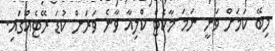
ލިބޭ ކަމަށް ވަނީ ނަމަ މާކެޓް ކްލިއާ ވާނެ ވަރަށް ކުޑަ ރޭޓެއްގައި.